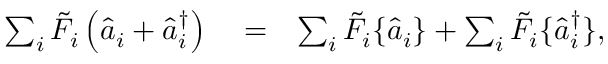
\begin{array} { r l r } { \sum _ { i } \tilde { F } _ { i } \left( \hat { a } _ { i } + \hat { a } _ { i } ^ { \dagger } \right) } & { { } = } & { \sum _ { i } \tilde { F } _ { i } \{ \hat { a } _ { i } \} + \sum _ { i } \tilde { F } _ { i } \{ \hat { a } _ { i } ^ { \dagger } \} , } \end{array}